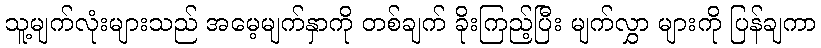
သူ့မျက်လုံးများသည် အမေ့မျက်နှာကို တစ်ချက် ခိုးကြည့်ပြီး မျက်လွှာ များကို ပြန်ချကာ